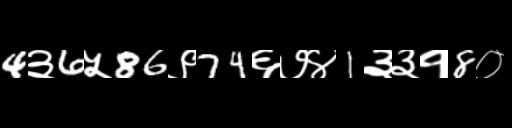
Text: 4३6५86९74६७४1३३१8०